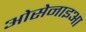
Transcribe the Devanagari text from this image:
ओसेनाइआ